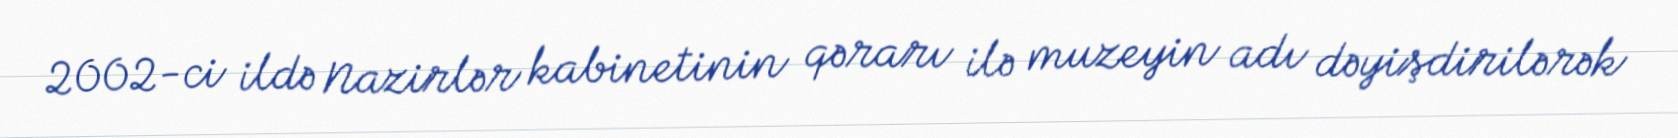
2002-ci ildə Nazirlər kabinetinin qərarı ilə muzeyin adı dəyişdirilərək